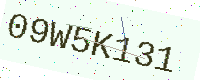
Text: 09W5K131